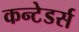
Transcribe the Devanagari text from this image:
कन्टेडर्स